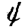
Digit: 4